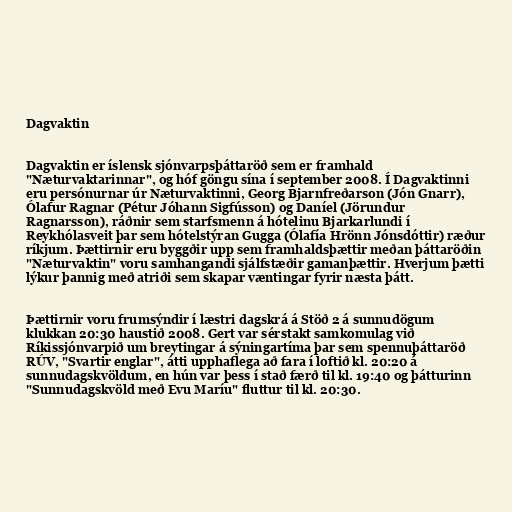
Dagvaktin

Dagvaktin er íslensk sjónvarpsþáttaröð sem er framhald
"Næturvaktarinnar", og hóf göngu sína í september 2008. Í Dagvaktinni
eru persónurnar úr Næturvaktinni, Georg Bjarnfreðarson (Jón Gnarr),
Ólafur Ragnar (Pétur Jóhann Sigfússon) og Daníel (Jörundur
Ragnarsson), ráðnir sem starfsmenn á hótelinu Bjarkarlundi í
Reykhólasveit þar sem hótelstýran Gugga (Ólafía Hrönn Jónsdóttir) ræður
ríkjum. Þættirnir eru byggðir upp sem framhaldsþættir meðan þáttaröðin
"Næturvaktin" voru samhangandi sjálfstæðir gamanþættir. Hverjum þætti
lýkur þannig með atriði sem skapar væntingar fyrir næsta þátt.

Þættirnir voru frumsýndir í læstri dagskrá á Stöð 2 á sunnudögum
klukkan 20:30 haustið 2008. Gert var sérstakt samkomulag við
Ríkissjónvarpið um breytingar á sýningartíma þar sem spennuþáttaröð
RÚV, "Svartir englar", átti upphaflega að fara í loftið kl. 20:20 á
sunnudagskvöldum, en hún var þess í stað færð til kl. 19:40 og þátturinn
"Sunnudagskvöld með Evu Maríu" fluttur til kl. 20:30.